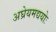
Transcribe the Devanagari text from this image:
अघ्रेयमद्ययोः